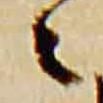
々